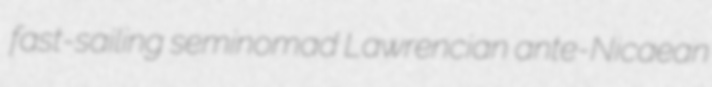
fast-sailing seminomad Lawrencian ante-Nicaean